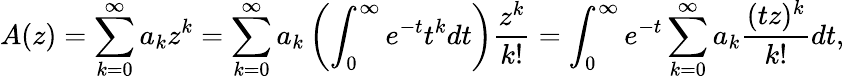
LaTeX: A(z)=\sum_{k=0}^{\infty}a_{k}z^{k}=\sum_{k=0}^{\infty}a_{k}\left(\int_{0}^{\infty}e^{-t}t^{k}dt\right){\frac{z^{k}}{k!}}=\int_{0}^{\infty}e^{-t}\sum_{k=0}^{\infty}a_{k}{\frac{(tz)^{k}}{k!}}dt,